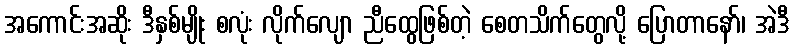
အကောင်းအဆိုး ဒီနှစ်မျိုး စလုံး လိုက်လျော ညီထွေဖြစ်တဲ့ စေတသိက်တွေလို့ ပြောတာနော်၊ အဲဒီ